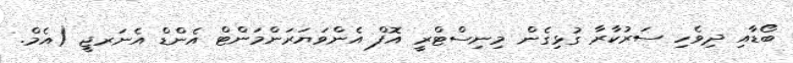
ބޯޑާއި ދިވެހި ސަރުކާރާ ގުޅިގެން މިނިސްޓްރީ އޮފް އެންވަޔަރަންމަންޓް އެންޑް އެނަރޖީ (އެމް.